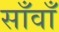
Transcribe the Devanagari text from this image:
साँवाँ